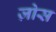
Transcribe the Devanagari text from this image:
ज़ोस